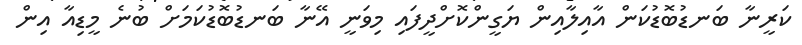
ކަރީނާ ބަނޑުބޮޑުކަން އާއިލާއިން ޔަގީންކޮށްދީފައި މިވަނީ އޭނާ ބަނޑުބޮޑުކަމަށް ބުނެ މީޑިއާ އިން